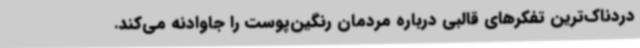
دردناک‌ترین تفکرهای قالبی درباره مردمان رنگین‌پوست را جاوادنه می‌کند.